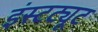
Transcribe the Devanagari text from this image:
इंस्‍टट्यूट